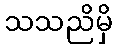
သသညိမှိ